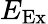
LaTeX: E_{\mathrm{Ex}}